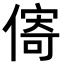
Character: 𪝣